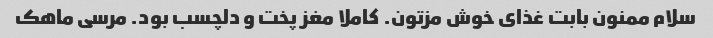
سلام ممنون بابت غذای خوش مزتون. کاملا مغز پخت و دلچسب بود. مرسی ماهک